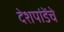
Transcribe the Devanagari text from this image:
देशपांडेंचे